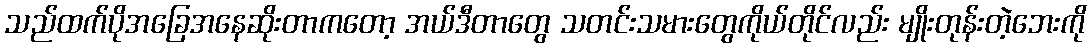
သည်ထက်ပိုအခြေအနေဆိုးတာကတော့ အယ်ဒီတာတွေ သတင်းသမားတွေကိုယ်တိုင်လည်း မျိုးတုန်းတဲ့ဘေးကို